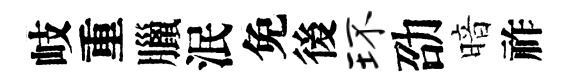
岐重臘泯免後环劭暗祚